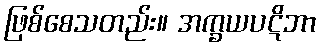
ဖြစ်စေသတည်း။ အက္ခယပဋိဘာ